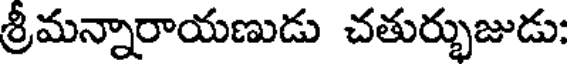
శ్రీమన్నారాయణుడు చతుర్భుజుడు: